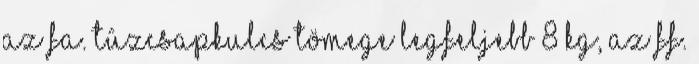
Az fa. tûzcsapkulcs tömege legfeljebb 8 kg, az ff.